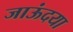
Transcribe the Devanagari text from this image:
जाऊंदया